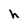
Character: h